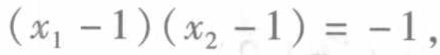
\((x_{1} - 1)(x_{2} - 1)= - 1\)